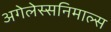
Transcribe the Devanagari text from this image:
अगेलेस्सनिमाल्स